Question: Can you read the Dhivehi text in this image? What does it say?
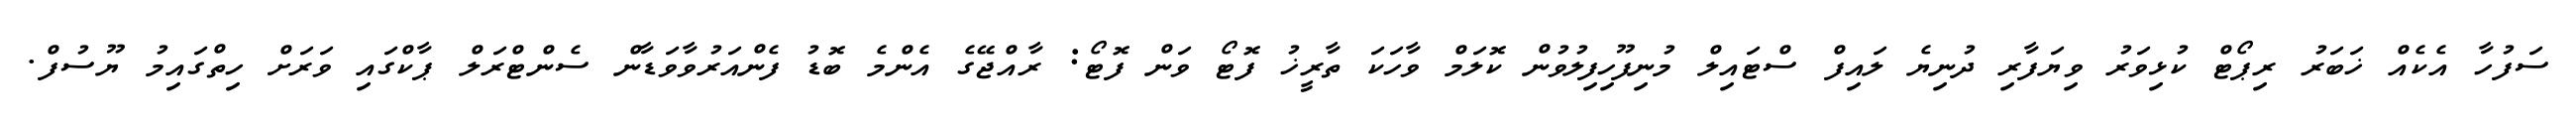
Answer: ސަފުހާ އެކެއް ޚަބަރު ރިޕޯޓް ކުޅިވަރު ވިޔަފާރި ދުނިޔެ ލައިފް ސްޓައިލް މުނިފޫހިފިލުވުން ކޮލަމް ވާހަކަ ތާރީޚު ފޮޓޯ ވަން ފޮޓޯ: ރާއްޖޭގެ އެންމެ ބޮޑު ފެންއަރުވާވަޑާން ސެންޓްރަލް ޕާކްގައި ވަރަށް ހިތްގައިމު ޔޫސުފް.